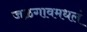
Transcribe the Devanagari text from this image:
जळगावमधलं